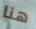
هنا